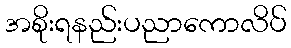
အစိုးရနည်းပညာကောလိပ်